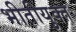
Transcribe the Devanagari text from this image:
भीतीयुक्त